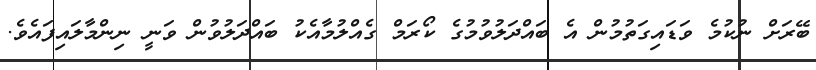
ބޭރަށް ނުކުމެ ވަޑައިގަތުމުން އެ ބައްދަލުވުމުގެ ކޯރަމް ގެއްލުމާއެކު ބައްދަލުވުން ވަނީ ނިންމާލައިފައެވެ.